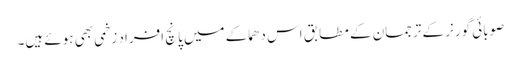
صوبائی گورنر کے ترجمان کے مطابق اس دھماکے میں پانچ افراد زخمی بھی ہوئے ہیں۔